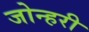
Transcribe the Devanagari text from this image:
जोन्हरी